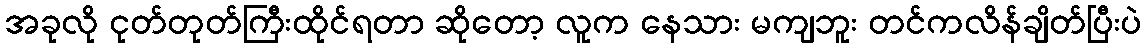
အခုလို ငုတ်တုတ်ကြီးထိုင်ရတာ ဆိုတော့ လူက နေသား မကျဘူး တင်ကလိန်ချိတ်ပြီးပဲ